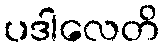
ပဒါလေတိ